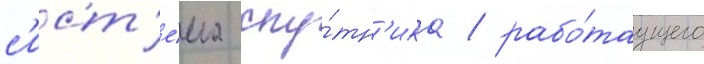
с'ист'е́ма спу́тн'ика / рабо́таущего